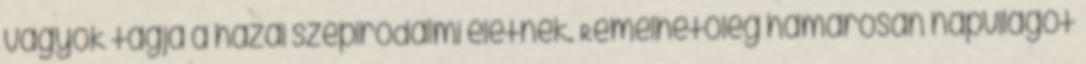
vagyok tagja a hazai szépirodalmi életnek. Remélhetőleg hamarosan napvilágot